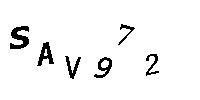
SAV972